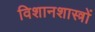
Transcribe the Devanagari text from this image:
विशानशास्त्रों